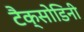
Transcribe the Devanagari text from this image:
टैक्सोडिनी